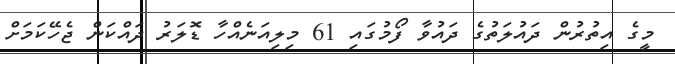
މީގެ އިތުރުން ދައުލަތުގެ ދައުވާ ފޯމުގައި 61 މިލިއަނެއްހާ ޑޮލަރު ދައްކަން ޖެހޭކަމަށް